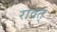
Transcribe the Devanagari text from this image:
रावत्